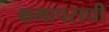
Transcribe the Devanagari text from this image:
क्षमापराधी